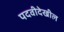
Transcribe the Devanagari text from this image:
पदवीदेखील